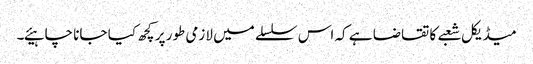
میڈیکل شعبے کا تقاضا ہے کہ اس سلسلے میں لازمی طور پر کچھ کیا جانا چاہیئے۔